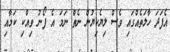
އެފަދަ ހާލަތެއްގައި ވެސް ލިޔެކިޔުން ނެތް ނަމަ އެ ފޯނު ވިއްކި ކަމާއި